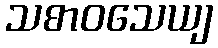
သစာဝသေယျ